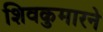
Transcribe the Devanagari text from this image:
शिवकुमारने